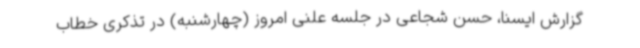
گزارش ایسنا، حسن شجاعی در جلسه علنی امروز (چهارشنبه) در تذکری خطاب